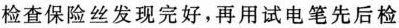
检查保险丝发现完好，再用试电笔先后检